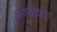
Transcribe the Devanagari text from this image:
अवयावला